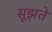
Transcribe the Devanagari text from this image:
सूझते